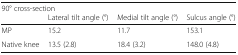
| <COLSPAN=4> 90° cross-section |
 |  | Lateral tilt angle (°) | Medial tilt angle (°) | Sulcus angle (°) |
 | --- | --- | --- | --- |
 | MP | 15.2 | 11.7 | 153.1 |
 | Native knee | 13.5 (2.8) | 18.4 (3.2) | 148.0 (4.8) |